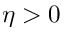
\eta > 0